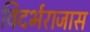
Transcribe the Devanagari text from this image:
विदर्भराजास